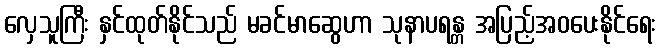
လှေသူကြီး နှင်ထုတ်နိုင်သည် မခင်မာဆွေဟာ သုနာပရန္တ အပြည့်အဝပေးနိုင်ရေး